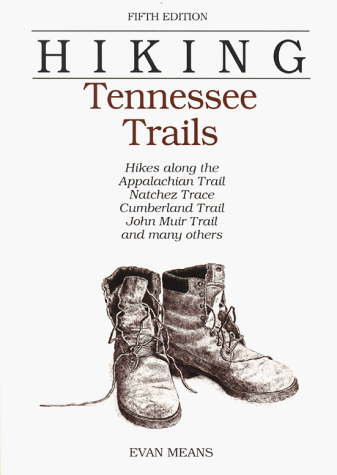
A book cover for Hiking Tennessee Trails: Hikes Along Natchez, Trace, Cumberland Trail, John Muir Trail, Overmountain Victory Trail, and many others (Regional Hiking Series); Travel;